King Institute of Preventive Medicine Micro-Biological Section reports 1912-19
Year: 1912
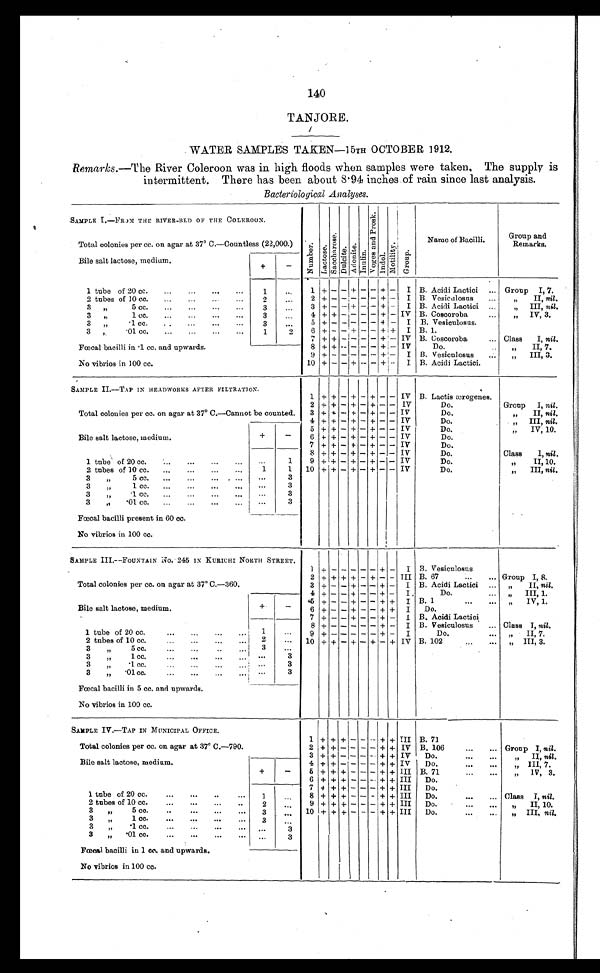
140
TANJORE.
WATER SAMPLES TAKEN—15TH OCTOBER 1912.
Remarks.—The River Coleroon was in high floods when samples were taken. The supply is
intermittent. There has been about 8.94 inches of rain since last analysis.
Bacteriological Analyses.
SAMPLE I.—FROM THE RIVER-BED OF THE COLEROON.
Total colonies per cc. on agar at 37° C.—Countless (22,000.)
Number. L a c t o s e .
Sa c c ha r os e .
Dul ci t e.
Ad o n i t e .
I n u l i n .
Vo g e s a n d P r o s k .
Indol.
Mo t i l i t y .
G r o u p .
Name of Bacilli.
Group and
Remarks.
Bile salt lactose, medium.
+
-
1
+
- - + - - + -
I B. Acidi Lactici
... Group I, 7.
1 tube of 20 cc.
...
...
...
...
1
...
2 tubes of 10 cc.
...
...
...
...
2
...
2 + - - - - - + -
I B. Vesiculosus
...
„
II, nil.
3
„ 5 c c .
3
...
3 + - - + - - + -
I B. Acidi Lactici ...
„
III, nil.
3
„ 1 c c .
3
...
4 + + - - - - + - IV B. Coscoroba
„ IV, 3.
3
„ . 1 c c .
3
...
5 + -
-- - - + -
I B. Vesiculosus.
6 + - - + - - + +
I B. 1.
3 „ . 0 1 c c .
1
2
7 + + - - - - + - IV B. Coscoroba
... Class
I, nil.
Fœcal bacilli in .1 cc. and upwards.
No vibrios in 100 cc.
8 + + - - - - + - IV
Do.
„
II, 7.
9 + - - - - - + -
I B. Vesicnlosus
...
„
III, 3.
10 + - - + - - + -
I B. Acidi Lactici.
SAMPLE II.—TAP IN HEADWORKS AFTER FILTRATION.
Total colonies per cc. on agar at 37° C.—Cannot be counted.
1 + + - + - + - - IV B. Lactis ærogenes.
2 + + - + - + - -
IV
Do.
Group
I, nil.
3 + + - + - + - - IV
Do.
„
II, nil.
4
+ + - + - + - - IV
Do.
„ III, nil.
5 + + - + - + - - IV
Do
„ IV, 10.
Bile salt lactose, medium.
+
-
6 + + - + - + - - IV
Do.
7 + + - + - + - - IV
Do.
1 tube of 20 cc.
...
...
...
...
...
1
8 + + - + - + - - IV
Do.
Class
I, nil.
9 + + - + - + - - IV
Do.
„
II, 10.
2 tubes of 10 cc.
,..
...
...
...
1
1
10 + + - + - + - - IV
Do.
„
III, nil.
3
„ 5 c c .
3
3
„ 1 c c .
3
3
, , . 1 c c .
3
3
,,
.01 cc.
...
...
...
...
...
3
Fœcal bacilli present in 60 cc.
No vibrios in 100 cc.
SAMPLE III.—FOUNTAIN NO. 245 IN KURICHI NORTH STREET.
Total colonies per cc. on agar at 37° C.—360.
1 + - - - - - + -
I B. Vesiculosus
2 + + + + - + - - III B. 67
...
... Group I, 8.
3 + - - + - - + - I B. Acidi Lactici
...
„
II, nil.
4 + - -
+ - - + -
I
Do.
...
„
III, 1.
Bile salt lactose, medium.
+
-
5 + - - + - - + +
I B. 1
...
...
„
IV, 1.
6 + - - + - - + +
I
Do.
7 + - - + - - + - I B. Acidi Lactici.
1 tube of 20 cc. ...
...
...
...
1
8 + - - - - - + - I B. Vesiculosus
... Class I, nil.
9 + - - - - - + -
I
Do.
... „ II, 7.
2 tubes of 10 cc.
... ...
...
...
2
...
10 + + - + - + - + IV B. 102
...
„ III, 3.
3
„
5 cc.
...
...
...
3
3
,,
1 cc.
...
...
...
... ...
3
3
„
.1 cc.
...
...
...
... ...
3
3 „ .01 cc..
...
...
... ...
3
Fœcal bacilli in 5 cc. and upwards.
No vibrios in 100 cc.
SAMPLE IV.—TAP IN MUNICIPAL OFFICE.
Total colonies per cc. on agar at 37° C.—790.
1 + + + - - - + + III B. 71
2 + + - - - - + + IV B. 106
...
... Group I, nil.
3 + + - - - - + + IV
Do.
...
...
„
II, nil.
Bile salt lactose, medium.
+
-
4 + + - - - - + + IV
Do.
...
...
„ III, 7.
5 + + + - - - + + III B. 71
...
...
„
IV, 3.
6 + + + - - - + + III
Do.
1 tube of 20 cc.
...
...
... ...
1
7 + + + - - - + + III
Do.
8 + + + - - - + + III
Do.
...
... Class I, nil.
2 tubes of 10 cc.
...
...
...
...
2
...
9 + + + - - - + + III
Do.
...
...
„
II, 10.
3
„
5 cc.
.
3
...
10 + + + - - - + + III
Do.
...
...
„ III, nil.
3
„
1 cc.
...
...
...
...
3
3
„
.1 cc.
...
...
...
...
...
3
3
„
.01 cc.
...
...
...
...
...
3
Fœcal bacilli in 1 cc. and upwards.
No vibrios in 100 cc.